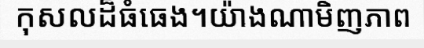
កុសលដ៏ធំធេង។យ៉ាងណាមិញភាព